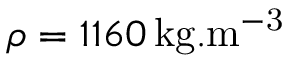
\rho = 1 1 6 0 \, \mathrm { { k g . m ^ { - 3 } } }